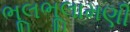
ભૂલભૂલામણી